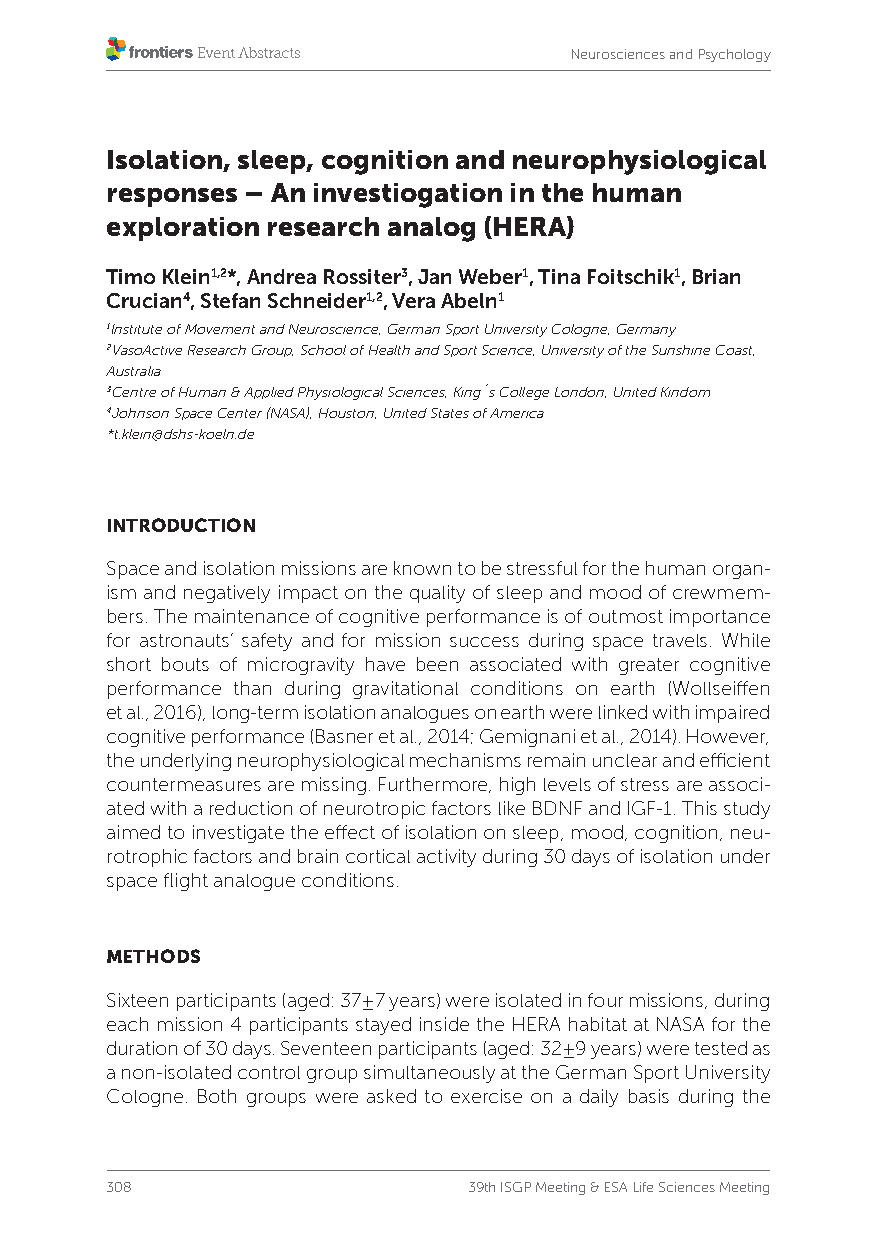
Neurosciences and Psychology
 Isolation, sleep, cognition and neurophysiological
 responses – An investiogation in the human
 exploration research analog (HERA)
 Timo Klein1,2*, Andrea Rossiter3, Jan Weber1, Tina Foitschik1, Brian
 Crucian4, Stefan Schneider1,2, Vera Abeln1
 1Institute of Movement and Neuroscience, German Sport University Cologne, Germany
 2VasoActive Research Group, School of Health and Sport Science, University of the Sunshine Coast,
 Australia
 3Centre of Human & Applied Physiological Sciences, King´s College London, United Kindom
 4Johnson Space Center (NASA), Houston, United States of America
 *t.klein@dshs-koeln.de
 INTRODUCTION
 Space and isolation missions are known to be stressful for the human organ-
 ism and negatively impact on the quality of sleep and mood of crewmem-
 bers. The maintenance of cognitive performance is of outmost importance
 for astronauts’ safety and for mission success during space travels. While
 short bouts of microgravity have been associated with greater cognitive
 performance than during gravitational conditions on earth (Wollseiffen
 et al., 2016), long-term isolation analogues on earth were linked with impaired
 cognitive performance (Basner et al., 2014; Gemignani et al., 2014). However,
 the underlying neurophysiological mechanisms remain unclear and efficient
 countermeasures are missing. Furthermore, high levels of stress are associ-
 ated with a reduction of neurotropic factors like BDNF and IGF-1. This study
 aimed to investigate the effect of isolation on sleep, mood, cognition, neu-
 rotrophic factors and brain cortical activity during 30 days of isolation under
 space flight analogue conditions.
 METHODS
 Sixteen participants (aged: 37±7 years) were isolated in four missions, during
 each mission 4 participants stayed inside the HERA habitat at NASA for the
 duration of 30 days. Seventeen participants (aged: 32±9 years) were tested as
 a non-isolated control group simultaneously at the German Sport University
 Cologne. Both groups were asked to exercise on a daily basis during the
 308                     39th ISGP Meeting & ESA Life Sciences Meeting